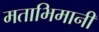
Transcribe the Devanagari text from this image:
मताभिमानी